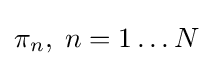
\pi _{n},\;n=1\ldots N